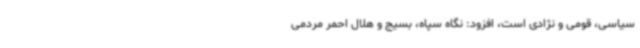
سیاسی، قومی و نژادی است، افزود: نگاه سپاه، بسیج و هلال احمر مردمی